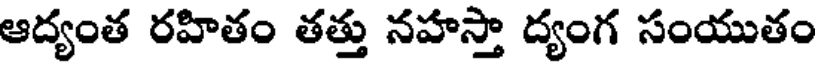
ఆద్యంత రహితం తత్తు నహస్తా ద్యంగ సంయుతం